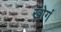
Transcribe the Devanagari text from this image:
खोगं